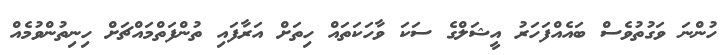
ހުންނަ ވަގުތުވެސް ބައެއްފަހަރު އީޝަލްގެ ސަކަ ވާހަކަތައް ހިތަށް އަރާފައި ތުންފަތްމައްޗަށް ހިނިތުންވުމެއް